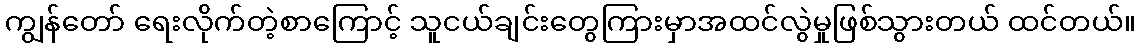
ကျွန်တော် ရေးလိုက်တဲ့စာကြောင့် သူငယ်ချင်းတွေကြားမှာအထင်လွဲမှုဖြစ်သွားတယ် ထင်တယ်။